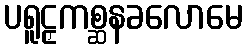
ပရူဠှကစ္ဆနခလောမေ